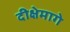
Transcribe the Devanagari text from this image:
दीक्षेमागे